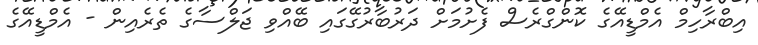
އިބްރާހިމް އެމްޑީއޭގެ ކޮންގްރެސް ފެށުމަށް ދަރުބާރުގޭގައި ބޭއްވި ޖަލްސާގެ ތެރެއިން - އެމްޑީއޭގެ